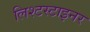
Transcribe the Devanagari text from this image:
लिश्टस्टाइनर